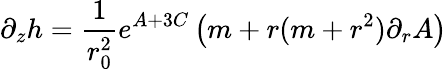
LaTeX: \partial_{z}h=\frac{1}{r_{0}^{2}}e^{A+3C}\left(m+r(m+r^{2})\partial_{r}A\right)